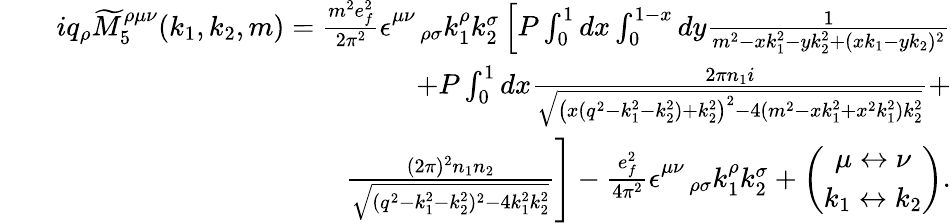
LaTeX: \begin{array}{rlr}&{}&{iq_{\rho}\widetilde{M}_{5}^{\rho\mu\nu}(k_{1},k_{2},m)=\frac{m^{2}e_{f}^{2}}{2\pi^{2}}\epsilon_{\quad\rho\sigma}^{\mu\nu}k_{1}^{\rho}k_{2}^{\sigma}\left[P\int_{0}^{1}dx\int_{0}^{1-x}dy\frac{1}{m^{2}-xk_{1}^{2}-yk_{2}^{2}+(xk_{1}-yk_{2})^{2}}\right.}\\ &{}&{\left.+P\int_{0}^{1}dx\frac{2\pi n_{1}i}{\sqrt{\left(x(q^{2}-k_{1}^{2}-k_{2}^{2})+k_{2}^{2}\right)^{2}-4(m^{2}-xk_{1}^{2}+x^{2}k_{1}^{2})k_{2}^{2}}}+\right.}\\ &{}&{\left.\frac{(2\pi)^{2}n_{1}n_{2}}{\sqrt{(q^{2}-k_{1}^{2}-k_{2}^{2})^{2}-4k_{1}^{2}k_{2}^{2}}}\right]-\frac{e_{f}^{2}}{4\pi^{2}}\epsilon_{\quad\rho\sigma}^{\mu\nu}k_{1}^{\rho}k_{2}^{\sigma}+\left(\begin{array}{c}{\mu\leftrightarrow\nu}\\ {k_{1}\leftrightarrow k_{2}}\end{array}\right).}\end{array}